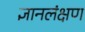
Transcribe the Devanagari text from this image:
ज्ञानलंक्षण